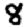
Digit: 8